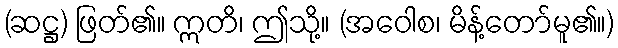
(ဆဋ္ဌ) ဖြတ်၏။ ဣတိ၊ ဤသို့။ (အဝေါစ၊ မိန့်တော်မူ၏။)